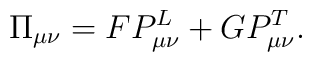
\Pi_{\mu \nu}=FP^{L}_{\mu \nu}+GP^{T}_{\mu \nu}.